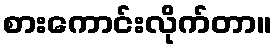
စားကောင်းလိုက်တာ။